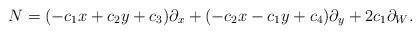
LaTeX: \begin{align*}N=(-c_1x+c_2y+c_3)\partial_x+(-c_2x-c_1y+c_4)\partial_y+2c_1\partial_W.\end{align*}